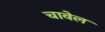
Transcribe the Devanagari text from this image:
चावेल